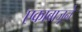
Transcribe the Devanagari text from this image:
एकाबाजूने